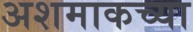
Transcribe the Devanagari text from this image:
अशमाकच्या